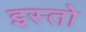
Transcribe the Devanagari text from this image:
इस्तो